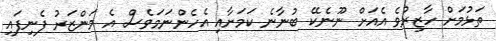
ތަޅުމަށް ހާޒިރުވެ އެއަށް ނޫނެކޭ ބުނާނެ ކަމަށާއި އެހެންނަމަވެސް އެ މަންޒަރު ފެނިފައި